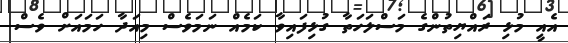
އެއީ މުޅި ރައްޔިތުންގެ މަސްލަހަތާ ގުޅިފައިވާ ކަމެއް ނަމަވެސް މިއަދާ ހަމައަށް ވެސް